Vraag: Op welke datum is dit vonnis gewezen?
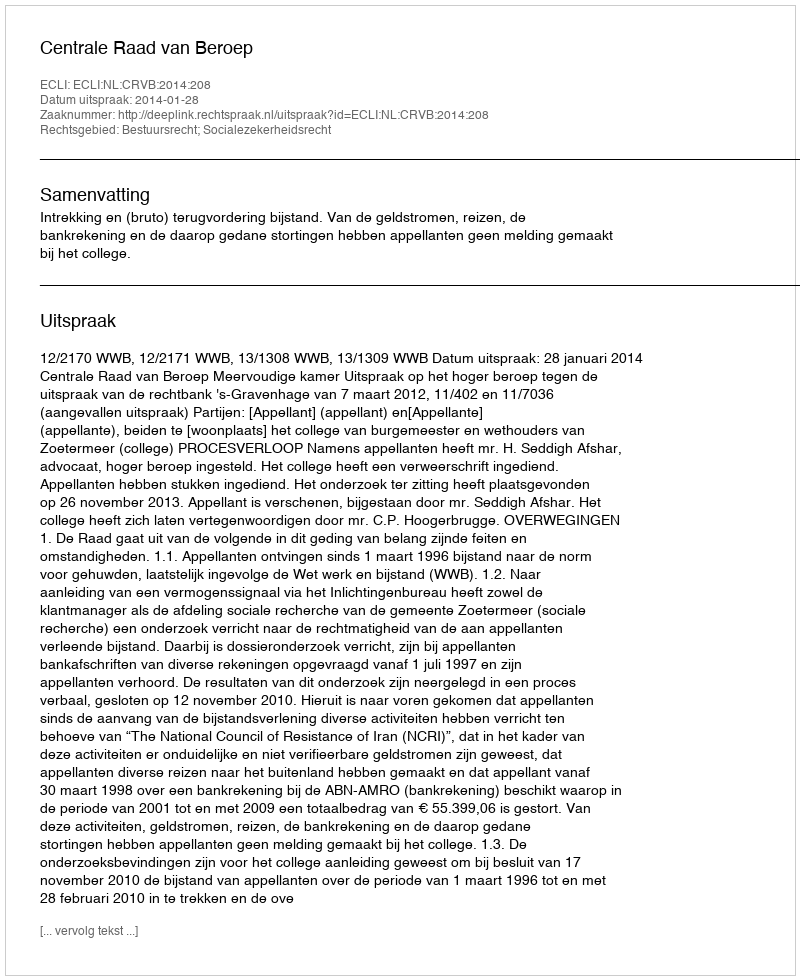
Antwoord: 2014-01-28